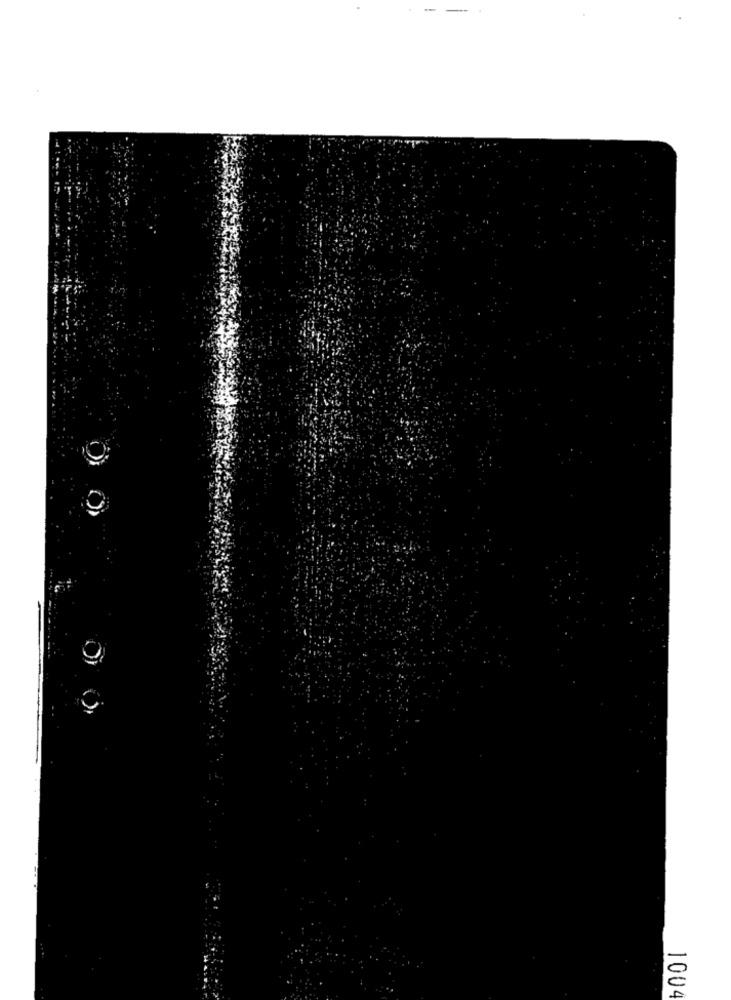
1004